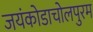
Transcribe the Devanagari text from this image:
जयंकोडाचोलपुरम